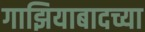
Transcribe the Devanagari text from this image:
गाझियाबादच्या